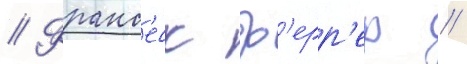
// Франс'еск ф'ерр'ер //